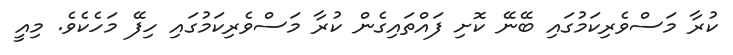
ކުރާ މަސްވެރިކަމުގައި ބޭނޭ ކޮށި ފައްތައިގެން ކުރާ މަސްވެރިކަމުގައި ހިފޭ މަހެކެވެ. މިއީ